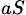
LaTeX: _{aS}